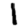
Digit: 1